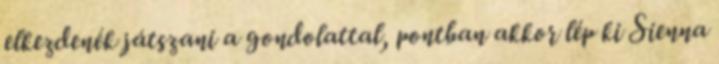
elkezdenék játszani a gondolattal, pontban akkor lép ki Sienna